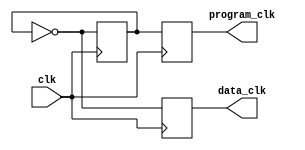
`timescale 1ns / 1ps

module clkGenerator(input clk, output reg program_clk, output reg data_clk);
	
   reg flag = 0;
	always@(posedge clk)
	begin
		program_clk = flag;
		flag = !flag;
	end
	
	always@(negedge clk)
	begin
		data_clk = !flag;
	end

endmodule